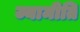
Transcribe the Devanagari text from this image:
ज्यामीति